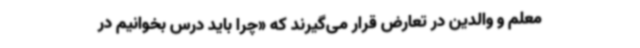
معلم و والدین در تعارض قرار می‌گیرند که «چرا باید درس بخوانیم در